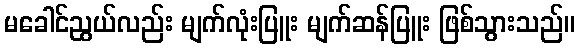
မခေါင်ညွယ်လည်း မျက်လုံးပြူး မျက်ဆန်ပြူး ဖြစ်သွားသည်။